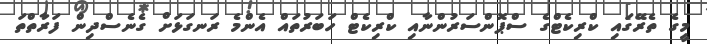
މީގެ ތެރޭގައި ކްރިކެޓްގެ ސްޕޮންސަރުންނާއި ކްރިކެޓް ހަބަރުތައް އެންމެ ރަނގަޅަށް ގެނެސްދިން ފަރާތްތަ